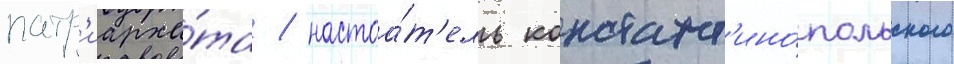
патр'иарха́та / настоа́т'ель констант'ино́польского